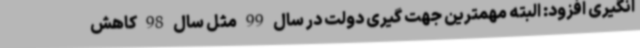
انگیری افزود: البته مهمترین جهت گیری دولت در سال 99 مثل سال 98 کاهش